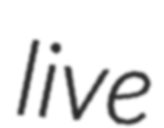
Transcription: live